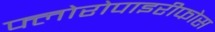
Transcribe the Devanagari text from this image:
फ्लोरोपाइरीफोस